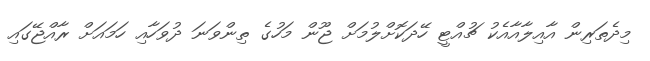
މިދެތަރިން އާއިލާއާއެކު ޗުއްޓީ ހޭދަކޮށްލުމަށް ޖޫން މަހުގެ ތިންވަނަ ދުވަހާއި ހަމައަށް ރާއްޖޭގައި